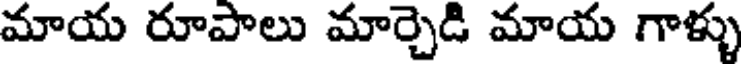
మాయ రూపాలు మార్చెడి మాయ గాళ్ళు